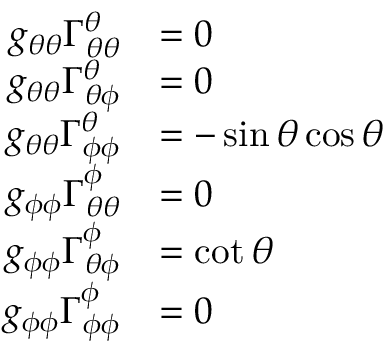
\begin{array} { r l } { g _ { \theta \theta } \Gamma _ { \theta \theta } ^ { \theta } } & { = 0 } \\ { g _ { \theta \theta } \Gamma _ { \theta \phi } ^ { \theta } } & { = 0 } \\ { g _ { \theta \theta } \Gamma _ { \phi \phi } ^ { \theta } } & { = - \sin \theta \cos \theta } \\ { g _ { \phi \phi } \Gamma _ { \theta \theta } ^ { \phi } } & { = 0 } \\ { g _ { \phi \phi } \Gamma _ { \theta \phi } ^ { \phi } } & { = \cot \theta } \\ { g _ { \phi \phi } \Gamma _ { \phi \phi } ^ { \phi } } & { = 0 } \end{array}